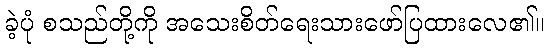
ခဲ့ပုံ စသည်တို့ကို အသေးစိတ်ရေးသားဖော်ပြထားလေ၏။